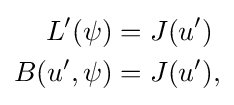
{\begin{aligned}L'(\psi )&=J(u')\\B(u',\psi )&=J(u'),\end{aligned}}